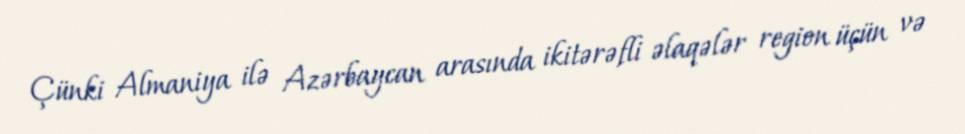
Çünki Almaniya ilə Azərbaycan arasında ikitərəfli əlaqələr region üçün və